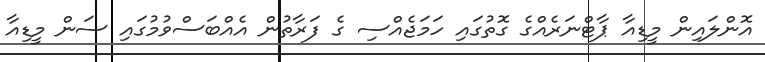
އޮންލަައިން މީޑިއާ ޕާޓްނަރެއްގެ ގޮތުގައި ހަމަޖެއްސި ގެ ފަރާތުން އެއްބަސްވުމުގައި ސަން މީޑިއާ